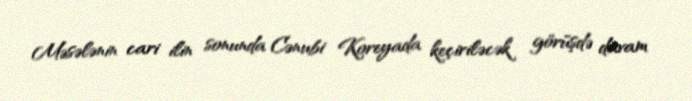
Məsələnin cari ilin sonunda Cənubi Koreyada keçiriləcək görüşdə davam